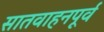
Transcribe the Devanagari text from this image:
सातवाहनपूर्व